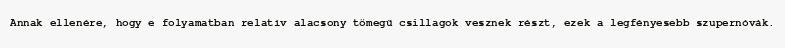
Annak ellenére, hogy e folyamatban relatív alacsony tömegű csillagok vesznek részt, ezek a legfényesebb szupernóvák.